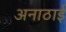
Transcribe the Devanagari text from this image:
अनाठाई